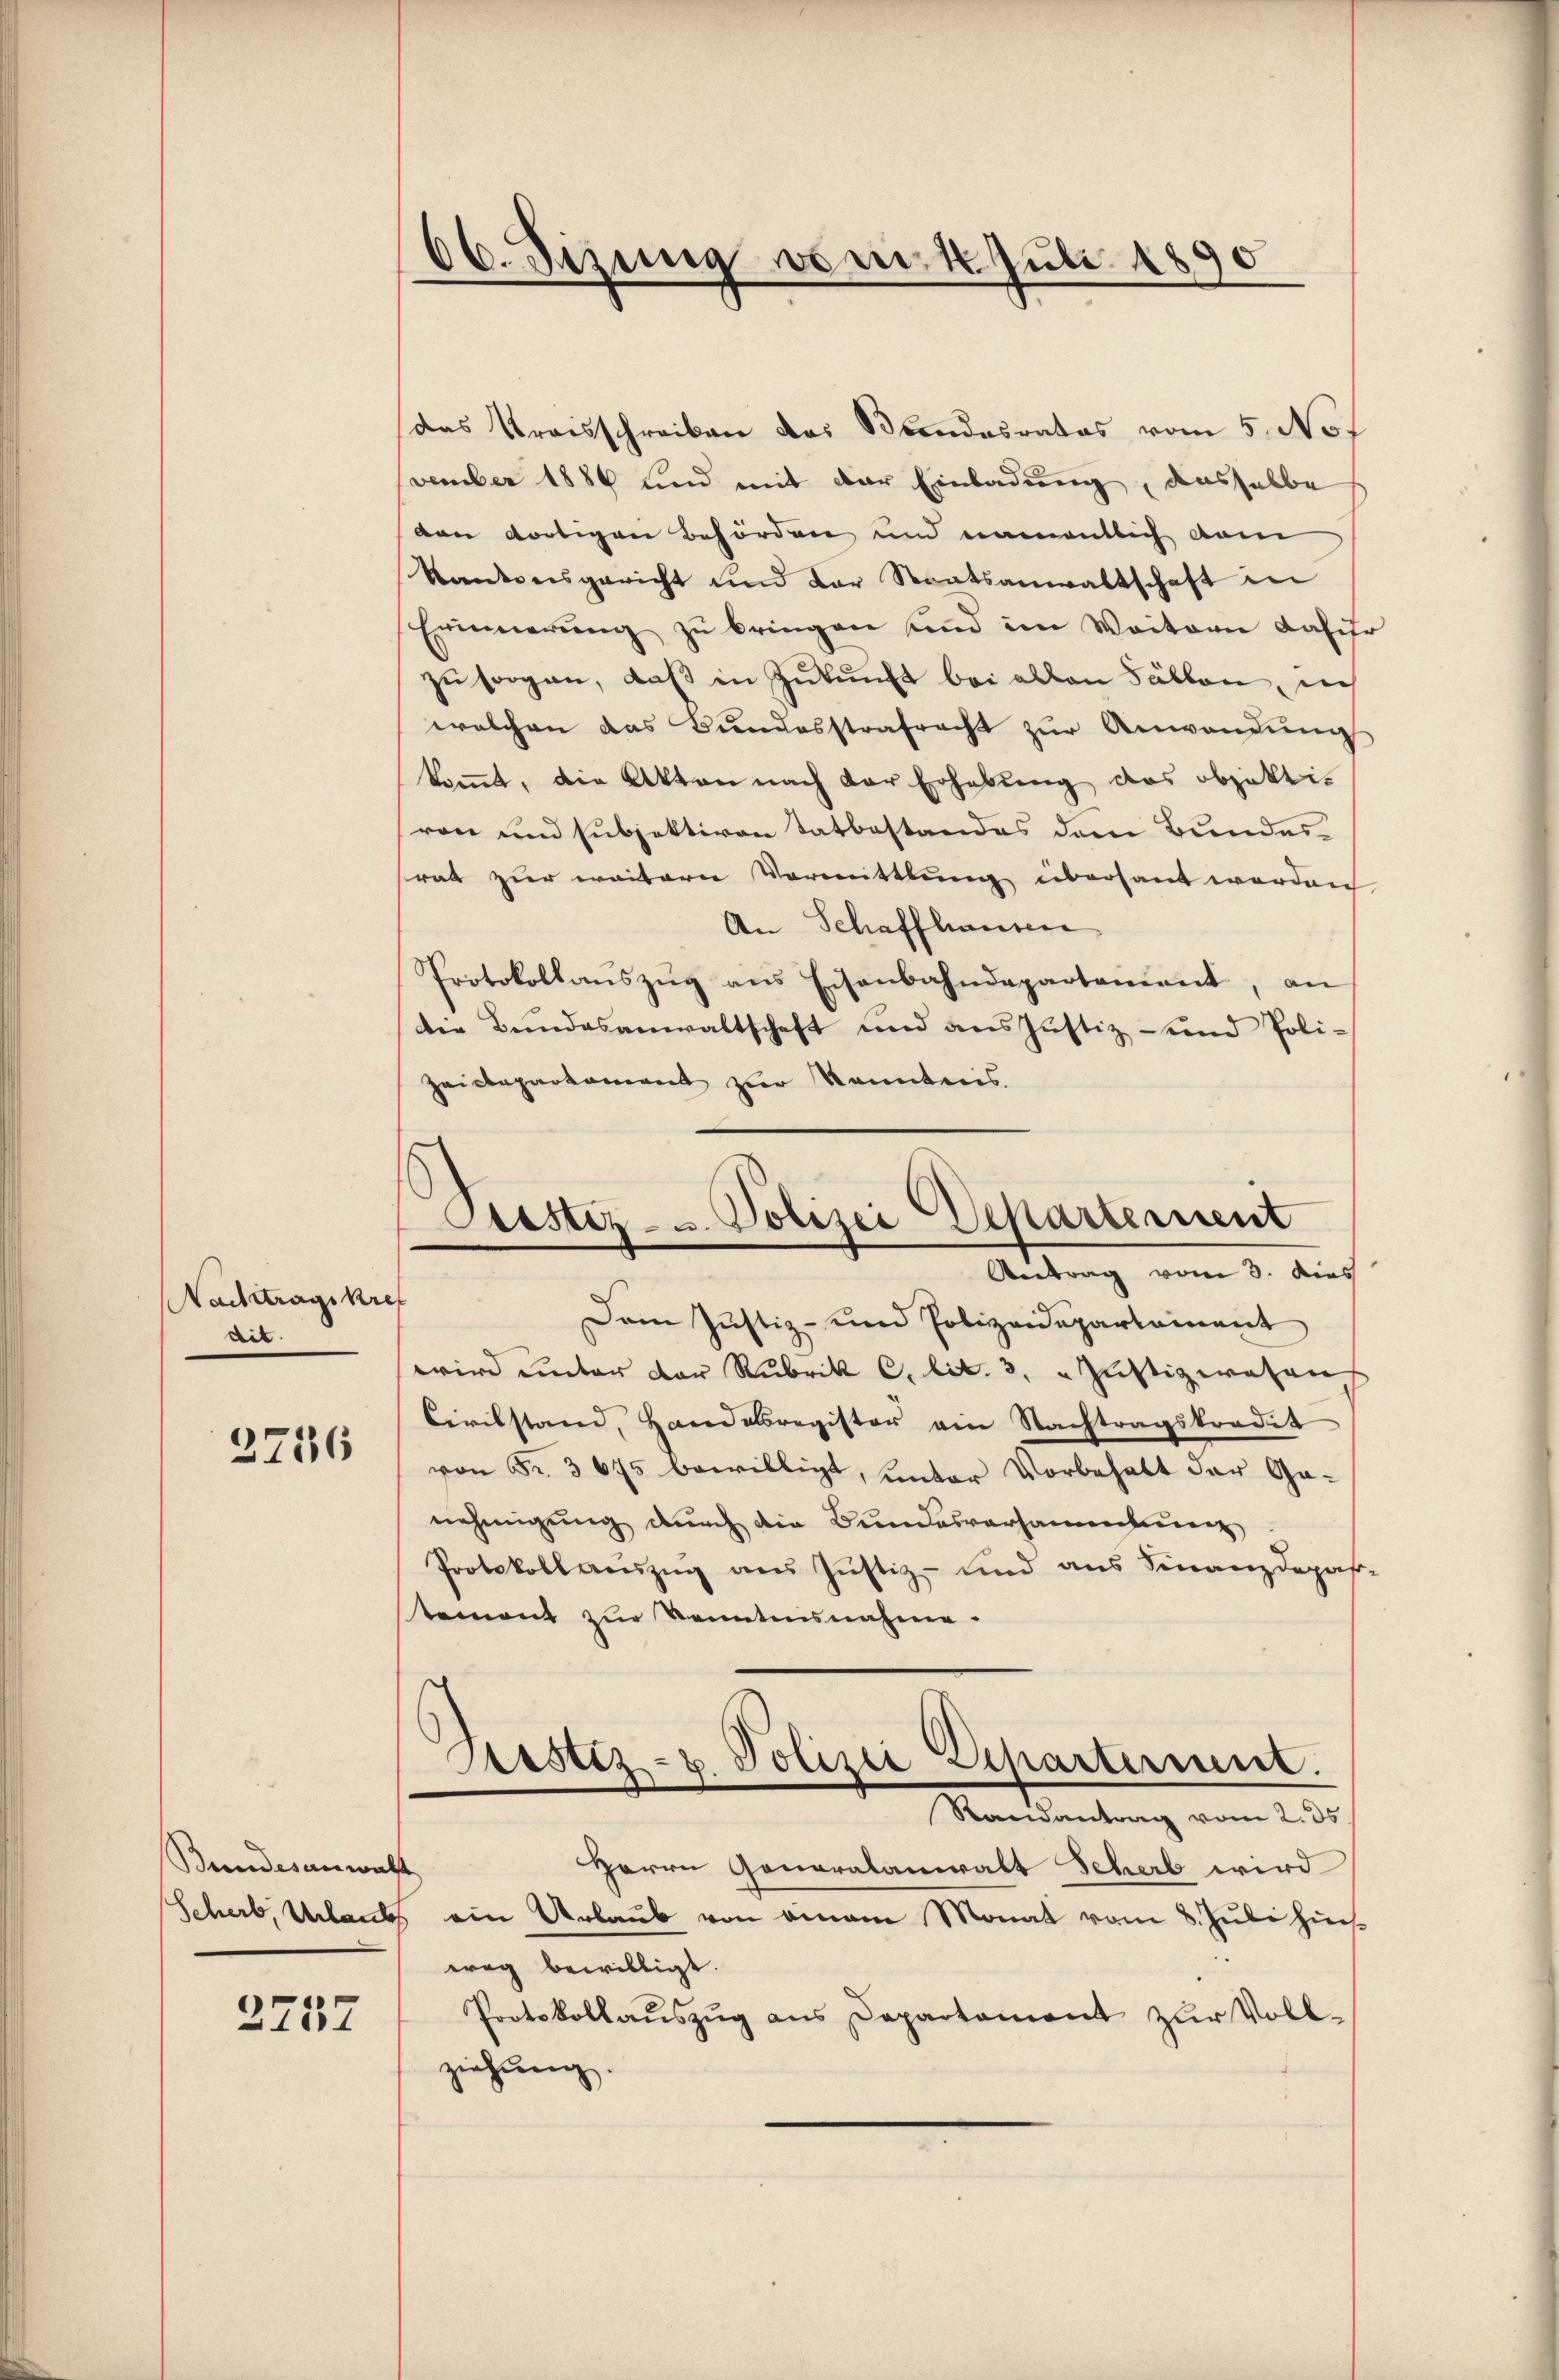
Nachtragikr
dit.

2746

Bundesanwalt

2257

66. Sizung vom 4. Juli 1890
d

ustiz- u. Polizei Departement
Antrag vom 3. dies
.

das Kraisschreiben das Bundesrates vom 5. Not
vember 1886 und mit der Einladung, dasselbe
den dortigen Behörden und namentlich dan
Rankreisgericht und der Staatsanwaltschaft in
Erinnerung zu bringen und im Weitern dahi
zu sorgen, daß in Zukunft bei allen Fällen, in
welchen das Bŭndesstrafracht zŭr Anwendŭng
kommt, die Akten nach der Erhebung des objektiren und subjektiven Tatbestandes dem Bundesrat zur weitern Vormittlung übersant werden
An Schaffhausen
Protokollaŭszŭg ans Eisenbahndepartement, an
Die Bundesanwaltschaft und aus Justiz und Poli¬
Zeidepartement zur Kenntnis
Dem Justiz- und Polizeidepartament
wird unter der Rubrik C. lit. 3. " Justizwesen
Civilstand, Handesregister ein Nachtragskredit
von Fr. 3675 bewilligt, unter Vorbehalt der Ganehmigung durch die Bundesversamentierenz
Protokoll aeŭzŭg ans Justiz- und aus Finanzdepar
tement zur Kenntensnahme.
6
Polizei Separterrent.
Justiz-8.
Randantrag vom 2. ds.
Herrn Generalanwalt Schert wird
Scherb, Urlaubs ein Urlaub von einem Monat vom 8. Juli hin
weg bewilligt.
Protokollaŭszŭg ans Departament zŭr Voll-
ziehung.